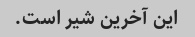
این آخرین شیر است.